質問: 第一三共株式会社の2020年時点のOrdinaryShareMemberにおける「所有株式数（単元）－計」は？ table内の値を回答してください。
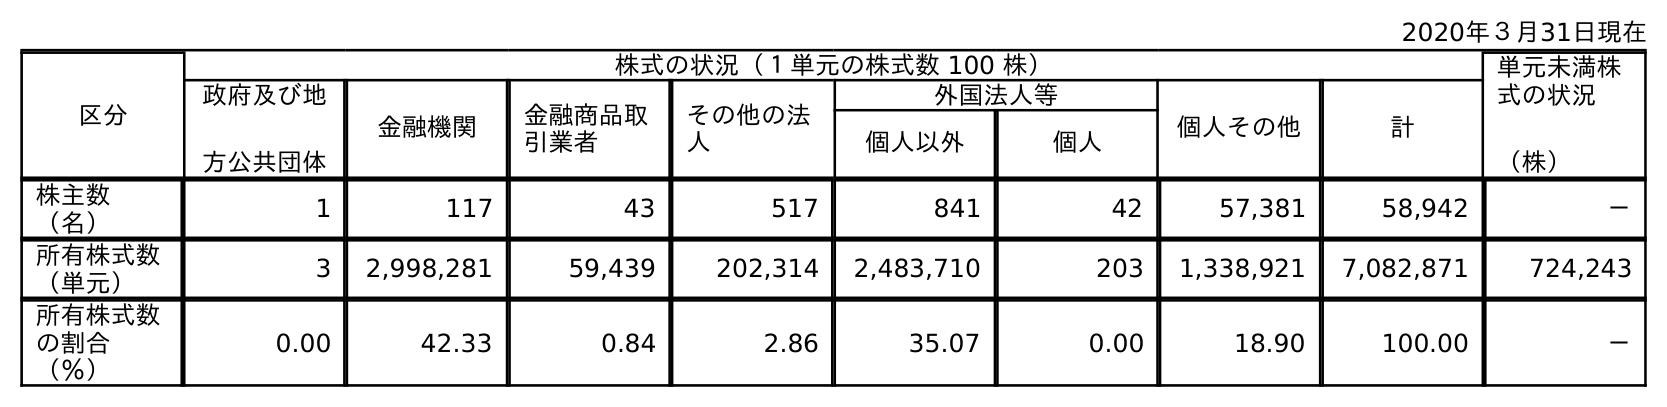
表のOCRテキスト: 2020年３月31日現在 区分 株式の状況（１単元の株式数 100 株） 単元未満株 式の状況 （株） 政府及び地 方公共団体 金融機関 金融商品取 引業者 その他の法 人 外国法人等 個人その他 計 個人以外 個人 株主数 （名） 1 117 43 517 841 42 57,381 58,942 － 所有株式数 （単元） 3 2,998,281 59,439 202,314 2,483,710 203 1,338,921 7,082,871 724,243 所有株式数 の割合 （％） 0.00 42.33 0.84 2.86 35.07 0.00 18.90 100.00 －
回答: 7,082,871